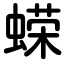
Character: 蝾